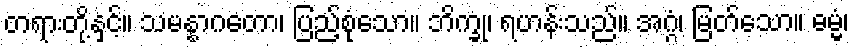
တရားတို့နှင့်။ သမန္နာဂတော၊ ပြည့်စုံသော။ ဘိက္ခု၊ ရဟန်းသည်။ အဂ္ဂံ၊ မြတ်သော။ ဓမ္မံ၊